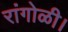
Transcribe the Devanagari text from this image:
रांगोळी।